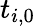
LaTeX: t_{i,0}